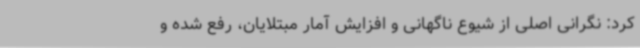
کرد: نگرانی اصلی از شیوع ناگهانی و افزایش آمار مبتلایان، رفع شده و